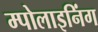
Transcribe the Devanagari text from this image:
म्पोलाइनिंग